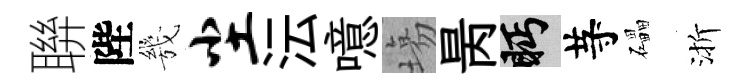
聨陛㡬尘沄噫塲昺眄䒭礧渐